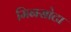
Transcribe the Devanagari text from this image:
मिनसोटा